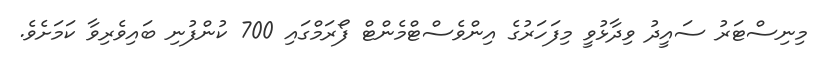
މިނިސްޓަރު ސައީދު ވިދާޅުވީ މިފަހަރުގެ އިންވެސްޓްމެންޓް ފޯރަމްގައި 700 ކުންފުނި ބައިވެރިވާ ކަމަށެވެ.